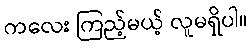
ကလေး ကြည့်မယ့် လူမရှိပါ။